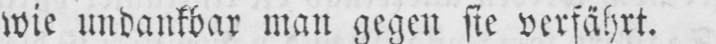
wie undankbar man gegen sie verfährt.